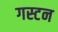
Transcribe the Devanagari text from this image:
गस्टन